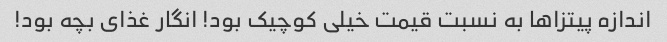
اندازه پیتزاها به نسبت قیمت خیلی کوچیک بود! انگار غذای بچه بود!